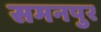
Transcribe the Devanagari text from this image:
समनपुर